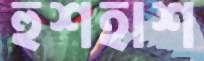
হুশহাশ